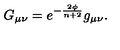
G _ { \mu \nu } = e ^ { - \frac { 2 \phi } { n + 2 } } g _ { \mu \nu } .